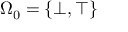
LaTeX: \Omega _ { 0 } = \{ \bot , \top \}